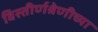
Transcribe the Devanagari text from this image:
विस्तीर्णश्रेणीच्या